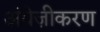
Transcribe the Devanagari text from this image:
अंग्रेज़ीकरण